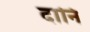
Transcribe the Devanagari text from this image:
दानि